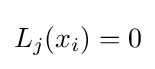
L_{j}(x_{i})=0